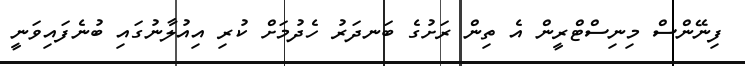
ފިނޭންސް މިނިސްޓްރީން އެ ތިން ރަށުގެ ބަނދަރު ހެދުމަށް ކުރި އިއުލާނުގައި ބުނެފައިވަނީ